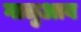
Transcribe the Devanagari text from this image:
गालुआब